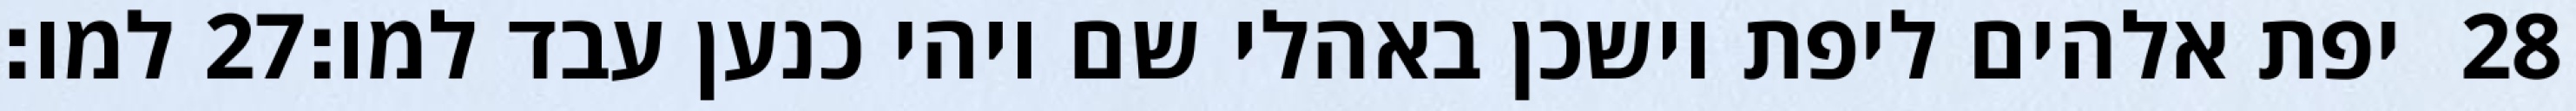
למו׃ ‎27‏ יפת אלהים ליפת וישכן באהלי שם ויהי כנען עבד למו׃ ‎28‏